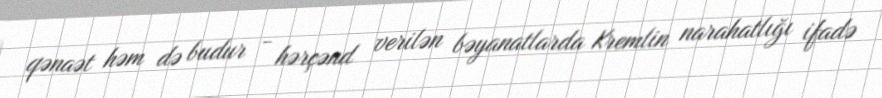
qənaət həm də budur - hərçənd verilən bəyanatlarda Kremlin narahatlığı ifadə